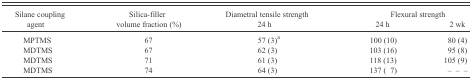
| <ROWSPAN=2> Silane coupling agent | <ROWSPAN=2> Silica-filler volume fraction (%) | Diametral tensile strength | <COLSPAN=2> Flexural strength |
 | 24 h | 24 h | 2 wk |
 | --- | --- | --- | --- | --- |
 | MPTMS | 67 | 57 (3)a | 100 (10) | 80 (4) |
 | MDTMS | 67 | 62 (3) | 103 (16) | 95 (8) |
 | MDTMS | 71 | 61 (3) | 118 (13) | 105 (9) |
 | MDTMS | 74 | 64 (3) | 137 (7) | – – – |